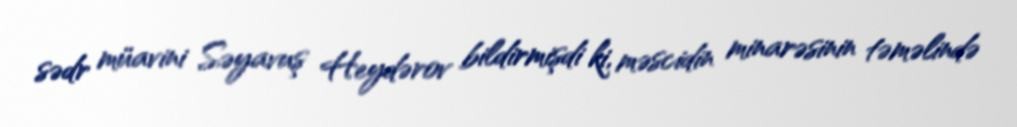
sədr müavini Səyavuş Heydərov bildirmişdi ki, məscidin minarəsinin təməlində